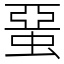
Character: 蝁